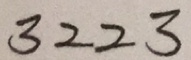
3 2 2 3